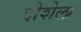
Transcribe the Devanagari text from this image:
दीशेला